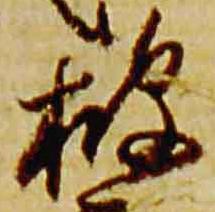
披